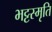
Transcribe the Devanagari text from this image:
भट्टस्मृति